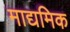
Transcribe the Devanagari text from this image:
माद्यमिक